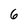
Character: 6